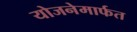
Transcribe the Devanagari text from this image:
योजनेमार्फत